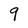
Character: 9